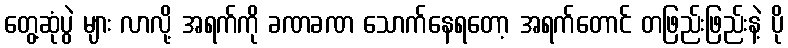
တွေ့ဆုံပွဲ များ လာလို့ အရက်ကို ခဏခဏ သောက်နေရတော့ အရက်တောင် တဖြည်းဖြည်းနဲ့ ပို